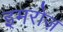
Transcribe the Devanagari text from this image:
इमरोज़